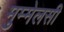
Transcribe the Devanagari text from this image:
मुम्मेलसी